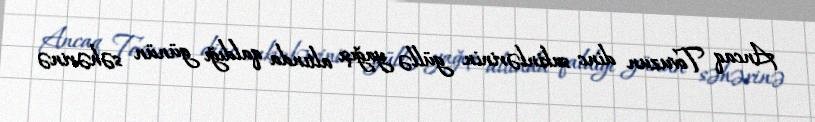
Ancaq Tovuzun dinc sakinlərinin güllə yağışı altında qaldığı günün səhərinə